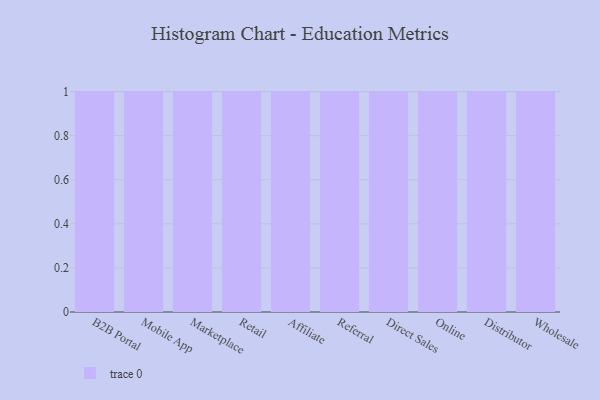
{"axis": {"x": "Channel", "y": "Market Share (%)"}, "legend": [""], "data": [{"x": "B2B Portal", "y": 88, "type": ""}, {"x": "Mobile App", "y": 54, "type": ""}, {"x": "Marketplace", "y": 24, "type": ""}, {"x": "Retail", "y": 39, "type": ""}, {"x": "Affiliate", "y": 26, "type": ""}, {"x": "Referral", "y": 16, "type": ""}, {"x": "Direct Sales", "y": 71, "type": ""}, {"x": "Online", "y": 13, "type": ""}, {"x": "Distributor", "y": 22, "type": ""}, {"x": "Wholesale", "y": 83, "type": ""}]}